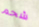
شحم